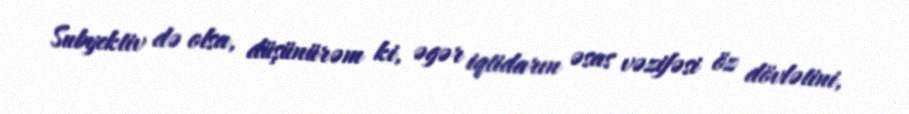
Subyektiv də olsa, düşünürəm ki, əgər iqtidarın əsas vəzifəsi öz dövlətini,